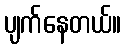
ပျက်နေတယ်။